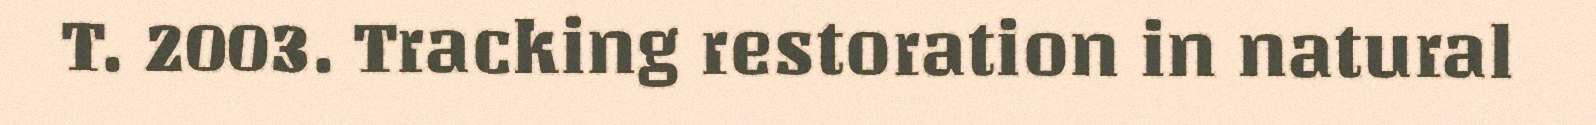
T. 2003. Tracking restoration in natural